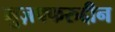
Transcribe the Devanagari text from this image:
मुज़फ्फरुद्दीन